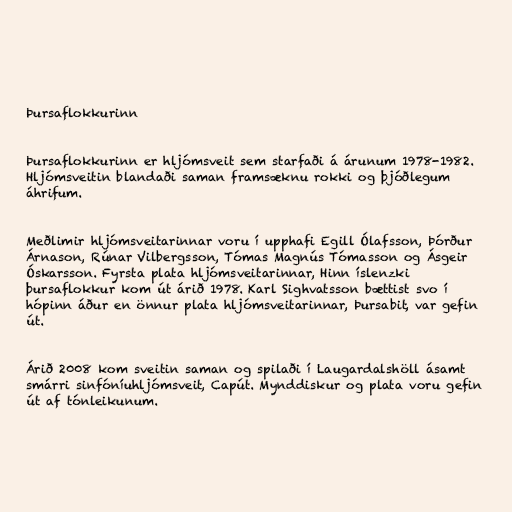
Þursaflokkurinn

Þursaflokkurinn er hljómsveit sem starfaði á árunum 1978-1982.
Hljómsveitin blandaði saman framsæknu rokki og þjóðlegum
áhrifum.

Meðlimir hljómsveitarinnar voru í upphafi Egill Ólafsson, Þórður
Árnason, Rúnar Vilbergsson, Tómas Magnús Tómasson og Ásgeir
Óskarsson. Fyrsta plata hljómsveitarinnar, Hinn íslenzki
þursaflokkur kom út árið 1978. Karl Sighvatsson bættist svo í
hópinn áður en önnur plata hljómsveitarinnar, Þursabit, var gefin
út.

Árið 2008 kom sveitin saman og spilaði í Laugardalshöll ásamt
smárri sinfóníuhljómsveit, Capút. Mynddiskur og plata voru gefin
út af tónleikunum.